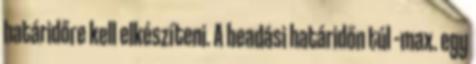
határidőre kell elkészíteni. A beadási határidőn túl –max. egy